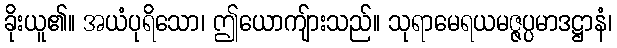
ခိုးယူ၏။ အယံပုရိသော၊ ဤယောကျ်ားသည်။ သုရာမေရယမဇ္ဇပ္ပမာဒဋ္ဌာနံ၊